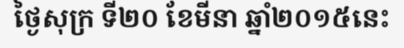
ថ្ងៃសុក្រ ទី២០ ខែមីនា ឆ្នាំ២០១៥នេះ